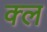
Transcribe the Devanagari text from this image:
क्ल